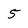
Character: 5